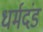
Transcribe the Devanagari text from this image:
धर्मदंड